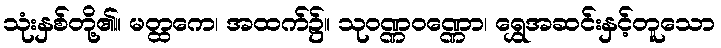
သုံးနှစ်တို့၏။ မတ္ထကေ၊ အထက်၌။ သုဝဏ္ဏဝဏ္ဏော၊ ရွှေအဆင်းနှင့်တူသော